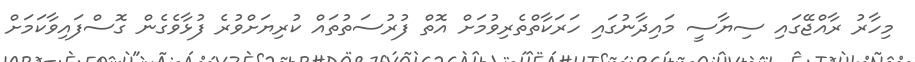
މިހާރު ރާއްޖޭގައި ސިޔާސީ މައިދާނުގައި ހަރަކާތްތެރިވުމަށް އޮތް ފުރުސަތުތައް ކުރިޔަށްވުރެ ފުޅާވެގެން ގޮސްފައިވާކަމަށް